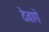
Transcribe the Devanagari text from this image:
देवागे